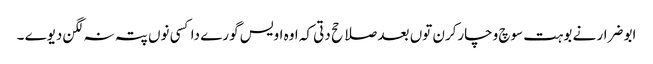
ابو ضرار نے بوہت سوچ وچارکرن توں بعد صلاحح دتی کہ اوہ اویس گورے دا کسی نوں پتہ نہ لگن دیوے ۔